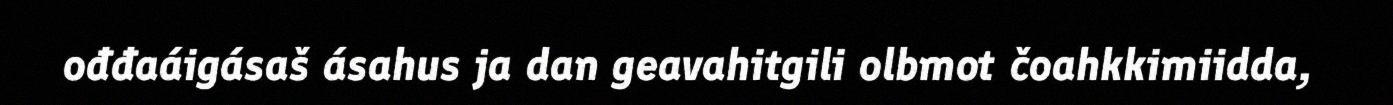
ođđaáigásaš ásahus ja dan geavahitgili olbmot čoahkkimiidda,